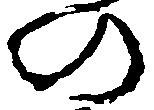
の